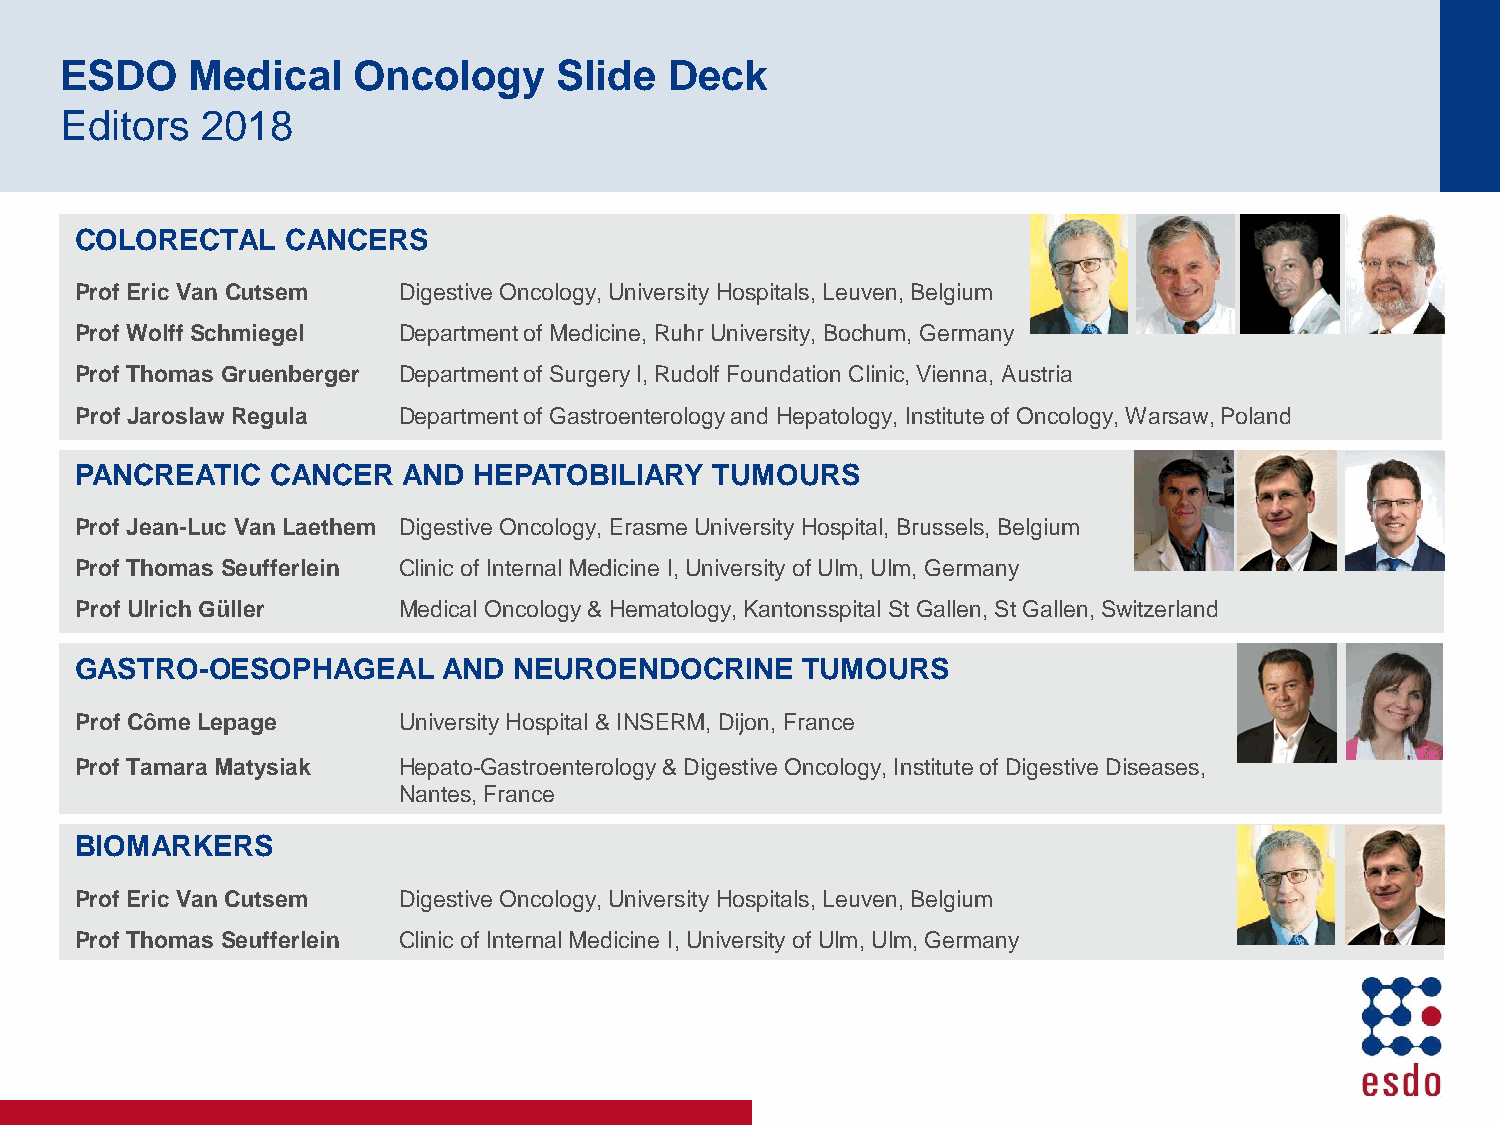
ESDO     Medical   Oncology      Slide  Deck
 Editors  2018
 COLORECTAL    CANCERS
 Prof Eric Van Cutsem Digestive Oncology, University Hospitals, Leuven, Belgium
 Prof Wolff Schmiegel Department of Medicine, Ruhr University, Bochum, Germany
 Prof Thomas Gruenberger Department of Surgery I, Rudolf Foundation Clinic, Vienna, Austria
 Prof Jaroslaw Regula Department of Gastroenterology and Hepatology, Institute of Oncology, Warsaw, Poland
 PANCREATIC   CANCER   AND HEPATOBILIARY   TUMOURS
 Prof Jean-Luc Van Laethem Digestive Oncology, Erasme University Hospital, Brussels, Belgium
 Prof Thomas Seufferlein Clinic of Internal Medicine I, University of Ulm, Ulm, Germany
 Prof Ulrich Güller   Medical Oncology & Hematology, Kantonsspital St Gallen, St Gallen, Switzerland
 GASTRO-OESOPHAGEAL      AND  NEUROENDOCRINE     TUMOURS
 Prof Côme Lepage     University Hospital & INSERM, Dijon, France
 Prof Tamara Matysiak Hepato-Gastroenterology & Digestive Oncology, Institute of Digestive Diseases,
 Nantes, France
 BIOMARKERS
 Prof Eric Van Cutsem Digestive Oncology, University Hospitals, Leuven, Belgium
 Prof Thomas Seufferlein Clinic of Internal Medicine I, University of Ulm, Ulm, Germany